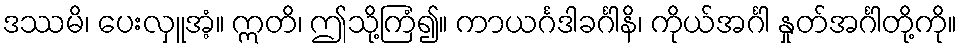
ဒဿမိ၊ ပေးလှူအံ့။ ဣတိ၊ ဤသို့ကြံ၍။ ကာယင်္ဂဒါခင်္ဂါနိ၊ ကိုယ်အင်္ဂါ နှုတ်အင်္ဂါတို့ကို။